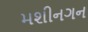
મશીનગન